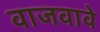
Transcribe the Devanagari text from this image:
वाजवावे